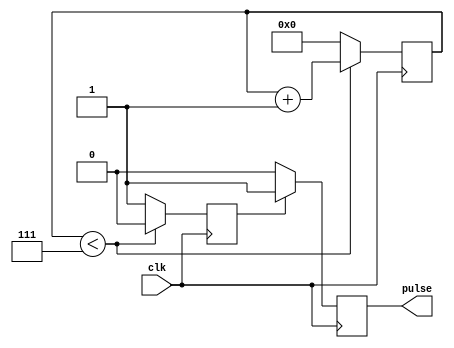
module PulseGenerator (
    input wire clk,
    output reg pulse
);

parameter COUNTER_WIDTH = 8; // Adjust this value for desired pulse width/period

reg [COUNTER_WIDTH-1:0] counter;
reg sync_pulse;

always @(posedge clk) begin
    if (counter < (COUNTER_WIDTH-1)) begin
        counter <= counter + 1;
        sync_pulse <= 1'b0;
    end else begin
        counter <= 0;
        sync_pulse <= 1'b1;
    end
end

always @(posedge clk) begin
    if (sync_pulse) begin
        pulse <= 1'b1;
    end else begin
        pulse <= 1'b0;
    end
end

endmodule